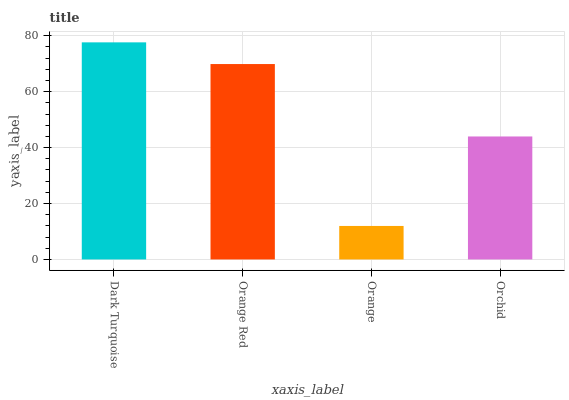
| xaxis_label | bars |
 | --- | --- |
 | Dark Turquoise | 77.7 |
 | Orange Red | 69.9 |
 | Orange | 12 |
 | Orchid | 44 |